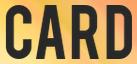
CARD